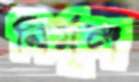
নির্মূল